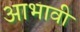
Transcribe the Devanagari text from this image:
आभावी